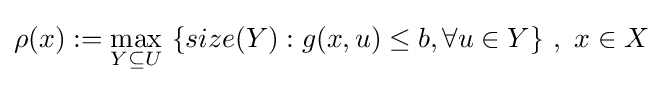
\rho (x):=\max _{Y\subseteq U}\ \{size(Y):g(x,u)\leq b,\forall u\in Y\}\ ,\ x\in X